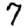
Digit: 7